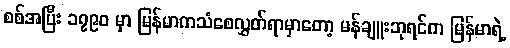
စစ်အပြီး ၁၇၉၀ မှာ မြန်မာကသံစေလွှတ်ရာမှာတော့ မန်ချူးဘုရင်က မြန်မာရဲ့